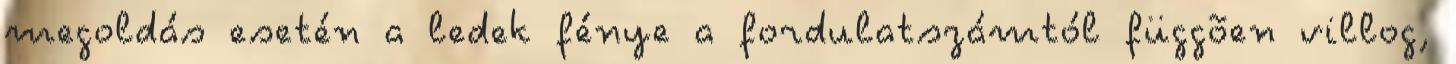
megoldás esetén a ledek fénye a fordulatszámtól függõen villog,